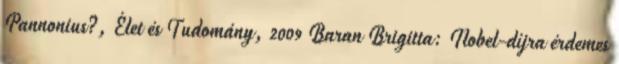
Pannonius?, Élet és Tudomány, 2009 Baran Brigitta: Nobel-díjra érdemes